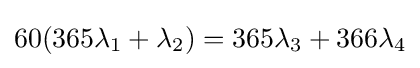
60(365\lambda _{1}+\lambda _{2})=365\lambda _{3}+366\lambda _{4}